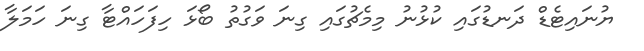
ޔުނައިޓެޑް ދަނޑުގައި ކުޅުނު މިމެޗުގައި ގިނަ ވަގުތު ބޯޅަ ހިފަހައްޓާ ގިނަ ހަމަލާ